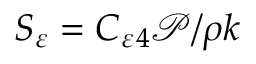
S _ { \varepsilon } = C _ { \varepsilon } { } _ { 4 } \mathcal { P } / \rho k